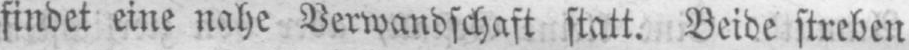
findet eine nahe Verwandschaft statt. Beide streben